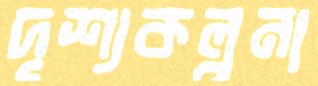
দৃশ্যকল্পনা